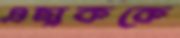
এছাককে